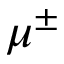
\mu ^ { \pm }